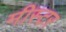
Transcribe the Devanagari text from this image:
मीस्टर